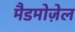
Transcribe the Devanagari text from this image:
मैडमोज़ेल